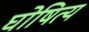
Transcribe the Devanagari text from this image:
घोषित्य